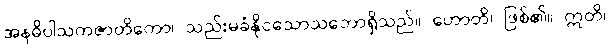
အနဓိပါသကဇာတိကော၊ သည်းမခံနိုငသောသဘောရှိသည်။ ဟောတိ၊ ဖြစ်၏။ ဣတိ၊